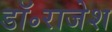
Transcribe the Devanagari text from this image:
डॉ॰राजेश